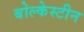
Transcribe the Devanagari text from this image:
बोल्केस्टीन